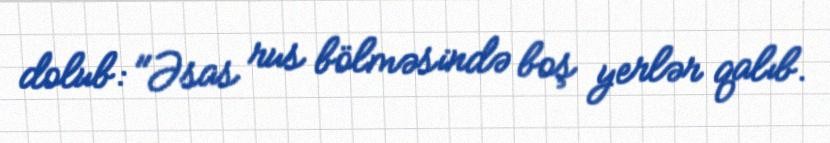
dolub: "Əsas rus bölməsində boş yerlər qalıb.